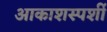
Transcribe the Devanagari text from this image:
आकाशस्पर्शी